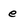
Character: e